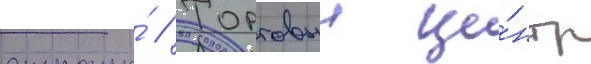
страны́ // Торговыи це́нтр